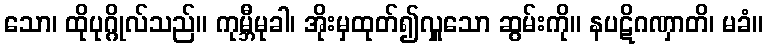
သော၊ ထိုပုဂ္ဂိုလ်သည်။ ကုမ္ဘီမုခါ၊ အိုးမှထုတ်၍လှူသော ဆွမ်းကို။ နပဋိဂဏှာတိ၊ မခံ။